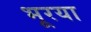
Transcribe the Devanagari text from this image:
भूरया